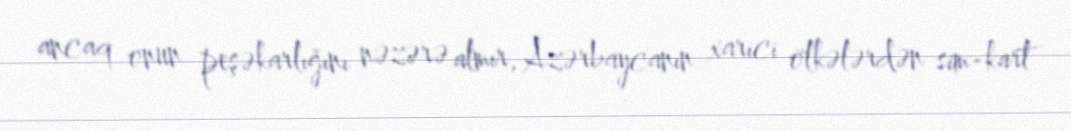
ancaq onun peşəkarlığını nəzərə almır, Azərbaycanın xarici ölkələrdən sim-kart